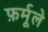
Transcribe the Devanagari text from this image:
फ़र्मूले